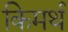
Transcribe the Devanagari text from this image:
किमर्थ